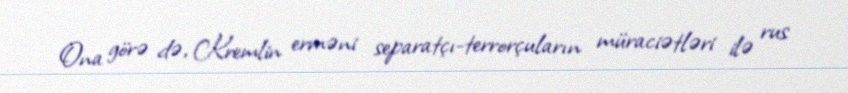
Ona görə də, Kremlin erməni separatçı-terrorçuların müraciətləri ilə rus